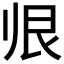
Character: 𱍭